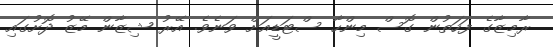
ރާމިޒާގެ ފަހަތުން ގޮސް މިންހާ ސްޓަޑީއަށް ވަނެވެ. އޭރު ޝިޒާން މޭޒު ދޮށުގައި